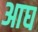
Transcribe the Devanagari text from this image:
आघ